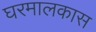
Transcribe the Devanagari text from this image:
घरमालकास